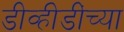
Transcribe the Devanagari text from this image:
डीव्हीडींच्या